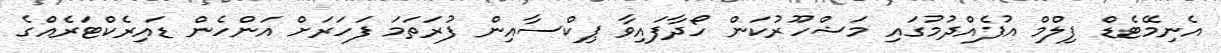
އެނިމޭޓެޑް ފިލްމް އުފެއްދުމުގައި މަޝްހޫރުކަން ހޯދާފައިވާ ޕިކްސާއިން ފުރަތަމަ ފަހަރަށް އަންހެން ޑައިރެކްޓަރެއްގެ